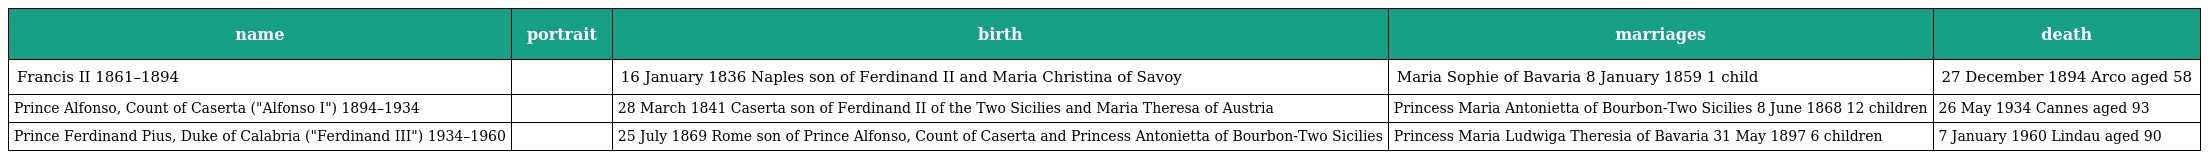
| name | portrait | birth | marriages | death |
 | --- | --- | --- | --- | --- |
 | Francis II 1861–1894 |  | 16 January 1836 Naples son of Ferdinand II and Maria Christina of Savoy | Maria Sophie of Bavaria 8 January 1859 1 child | 27 December 1894 Arco aged 58 |
 | Prince Alfonso, Count of Caserta ("Alfonso I") 1894–1934 |  | 28 March 1841 Caserta son of Ferdinand II of the Two Sicilies and Maria Theresa of Austria | Princess Maria Antonietta of Bourbon-Two Sicilies 8 June 1868 12 children | 26 May 1934 Cannes aged 93 |
 | Prince Ferdinand Pius, Duke of Calabria ("Ferdinand III") 1934–1960 |  | 25 July 1869 Rome son of Prince Alfonso, Count of Caserta and Princess Antonietta of Bourbon-Two Sicilies | Princess Maria Ludwiga Theresia of Bavaria 31 May 1897 6 children | 7 January 1960 Lindau aged 90 |